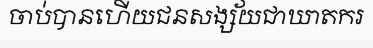
ចាប់បានហើយជនសង្ស័យជាឃាតករ